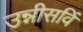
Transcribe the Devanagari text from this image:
उन्नीसविं